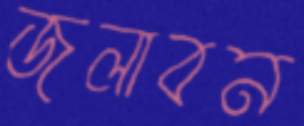
জলাবন